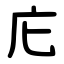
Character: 庀